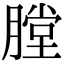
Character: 膛